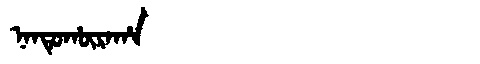
Manchu: ᠨᠠᠨᡨᡠᡥᡡᡵᠠᡥᠠ
Romanization: NANTUHŪRAHA